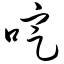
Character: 啶